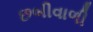
છબીવાળી